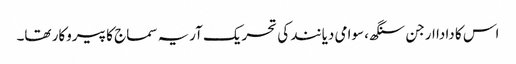
اس کا دادا ارجن سنگھ، سوامی دیانند کی تحریک آریہ سماج کا پیروکار تھا۔